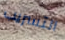
التسريب